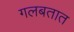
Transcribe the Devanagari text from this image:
गलबतात